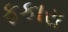
ફકારા